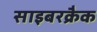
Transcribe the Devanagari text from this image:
साइबरक्रैक